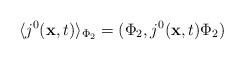
LaTeX: \begin{align*}\langle j^{0}({\bf x},t)\rangle _{\Phi _{2}}=(\Phi _{2},j^{0}({\bf x},t)\Phi_{2})\end{align*}